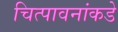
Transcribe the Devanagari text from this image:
चित्पावनांकडे